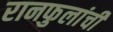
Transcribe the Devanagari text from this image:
रानफुलांची